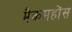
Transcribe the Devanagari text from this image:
मैकमहोंस